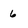
Character: 6